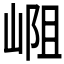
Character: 𪩁